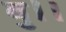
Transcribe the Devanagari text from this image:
बु।।